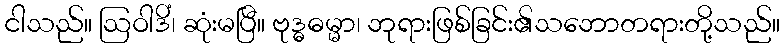
ငါသည်။ ဩဝါဒိံ၊ ဆုံးမပြီ။ ဗုဒ္ဓဓမ္မာ၊ ဘုရားဖြစ်ခြင်း၏သဘောတရားတို့သည်။